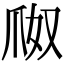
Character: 𤔀